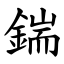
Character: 鍴